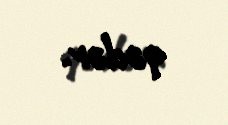
qədər.